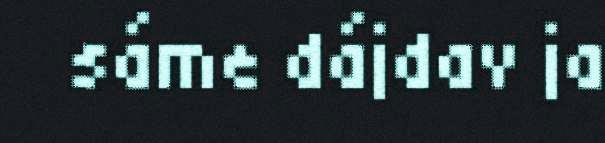
sáme dájdav ja